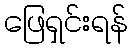
ဖြေရှင်းရန်